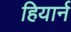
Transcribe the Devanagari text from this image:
हियार्न